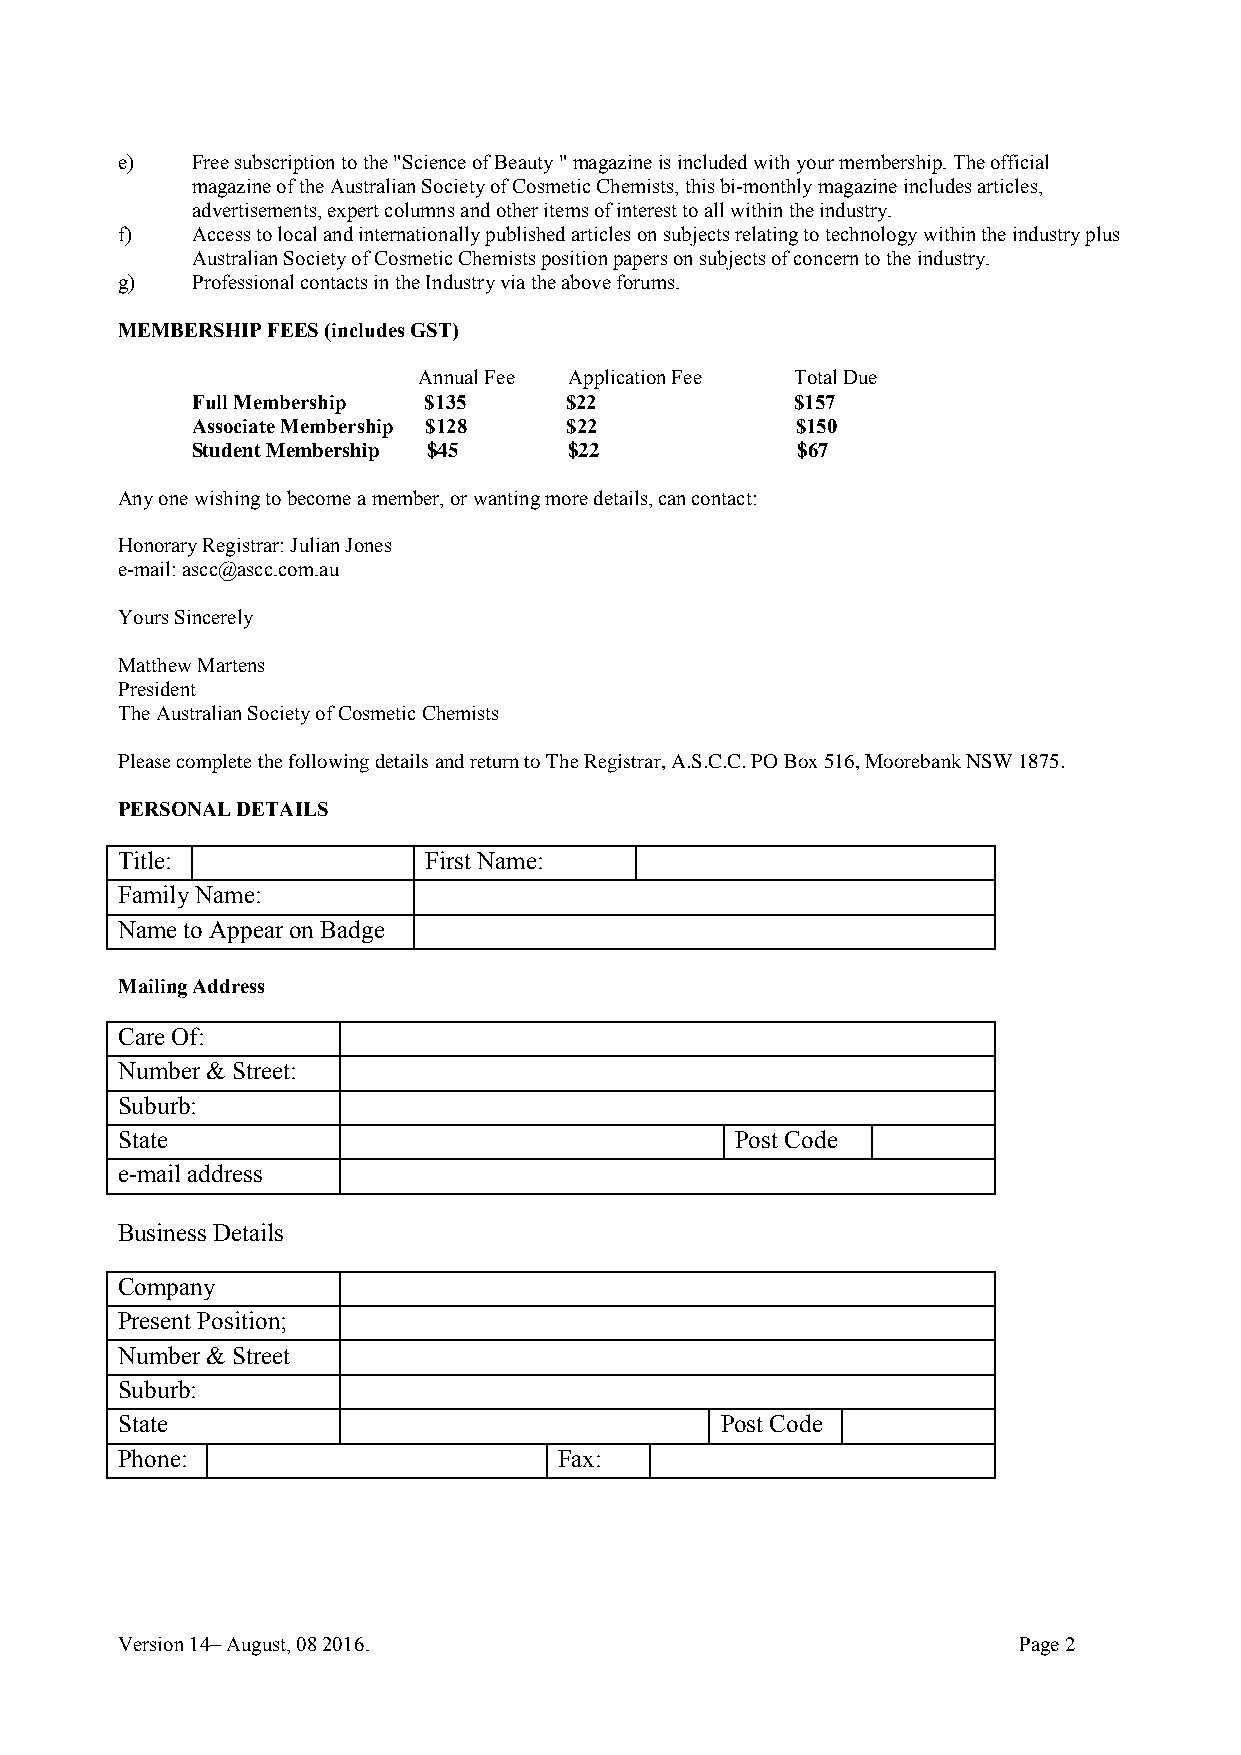
e)   Free subscription to the "Science of Beauty " magazine is included with your membership. The official
 magazine of the Australian Society of Cosmetic Chemists, this bi-monthly magazine includes articles,
 advertisements, expert columns and other items of interest to all within the industry.
 f)   Access to local and internationally published articles on subjects relating to technology within the industry plus
 Australian Society of Cosmetic Chemists position papers on subjects of concern to the industry.
 g)   Professional contacts in the Industry via the above forums.
 MEMBERSHIP FEES (includes GST)
 Annual Fee Application Fee Total Due
 Full Membership $135    $22             $157
 Associate Membership $128 $22           $150
 Student Membership $45   $22            $67
 Any one wishing to become a member, or wanting more details, can contact:
 Honorary Registrar: Julian Jones
 e-mail: ascc@ascc.com.au
 Yours Sincerely
 Matthew Martens
 President
 The Australian Society of Cosmetic Chemists
 Please complete the following details and return to The Registrar, A.S.C.C. PO Box 516, Moorebank NSW 1875.
 PERSONAL DETAILS
 Title:              First Name:
 Family Name:
 Name to Appear on Badge
 Mailing Address
 Care Of:
 Number & Street:
 Suburb:
 State                                    Post Code
 e-mail address
 Business Details
 Company
 Present Position;
 Number & Street
 Suburb:
 State                                   Post Code
 Phone:                       Fax:
 Version 14– August, 08 2016.                               Page 2